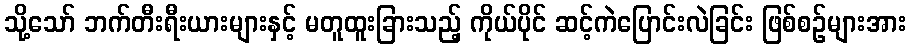
သို့သော် ဘက်တီးရီးယားများနှင့် မတူထူးခြားသည့် ကိုယ်ပိုင် ဆင့်ကဲပြောင်းလဲခြင်း ဖြစ်စဉ်များအား